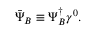
\bar { \Psi } _ { B } \equiv \Psi _ { B } ^ { \dagger } \gamma ^ { 0 } .